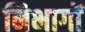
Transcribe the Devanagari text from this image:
निभागों